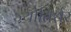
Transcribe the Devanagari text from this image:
ज्योतिर्धर